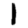
Digit: 1